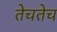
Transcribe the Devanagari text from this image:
तेचतेच